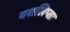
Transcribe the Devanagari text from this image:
यशलिप्सा